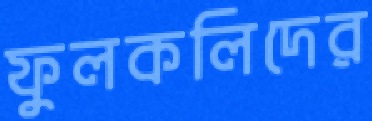
ফুলকলিদের